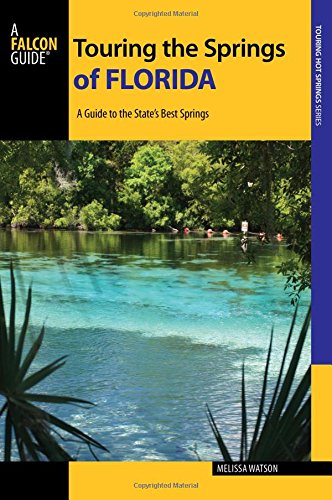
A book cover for Touring the Springs of Florida: A Guide to the State's Best Springs (Touring Hot Springs); Melissa Watson; Science & Math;